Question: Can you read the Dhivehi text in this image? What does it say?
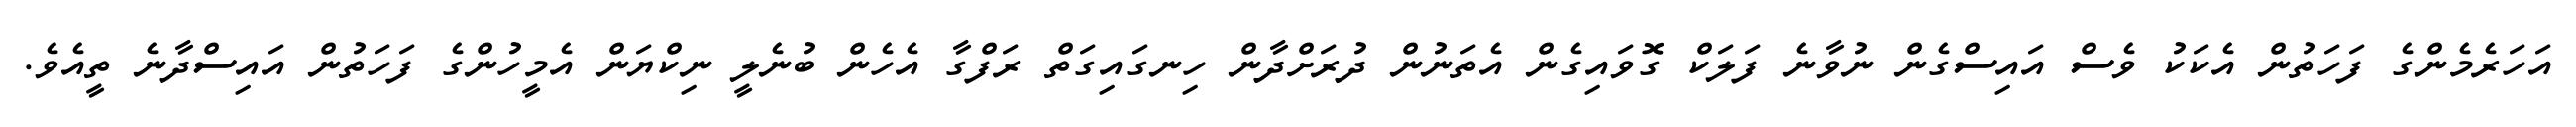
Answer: އަހަރެމެންގެ ފަހަތުން އެކަކު ވެސް އައިސްގެން ނުވާނެ ފަލަކް ގޮވައިގެން އެތަނުން ދުރަށްދާން ހިނގައިގަތް ރަފްގާ އެހެން ބުނެލީ ނިކްޔަން އެމީހުންގެ ފަހަތުން އައިސްދާނެ ތީއެވެ.